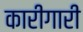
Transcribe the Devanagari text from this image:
कारीगारी